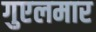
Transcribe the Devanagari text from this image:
गुएलमार